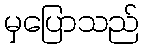
မှပြောသည်